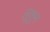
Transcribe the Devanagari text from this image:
लूशुन